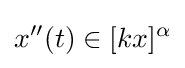
x''(t)\in [kx]^{\alpha }